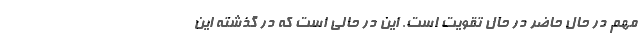
مهم در حال حاضر در حال تقویت است. این در حالی است كه در گذشته این